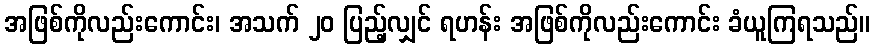
အဖြစ်ကိုလည်းကောင်း၊ အသက် ၂၀ ပြည့်လျှင် ရဟန်း အဖြစ်ကိုလည်းကောင်း ခံယူကြရသည်။